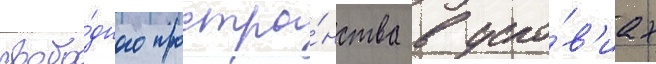
свобо́дного простра́нства в усло́в'иах